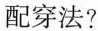
配穿法?